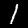
Label: 1